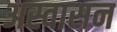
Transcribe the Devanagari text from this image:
अस्वासन